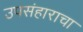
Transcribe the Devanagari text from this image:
उपसंहाराचा